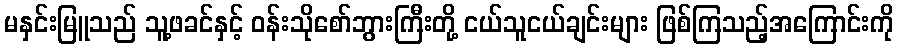
မနှင်းမြူသည် သူ့ဖခင်နှင့် ဝန်းသိုစော်ဘွားကြီးတို့ ငယ်သူငယ်ချင်းများ ဖြစ်ကြသည့်အကြောင်းကို